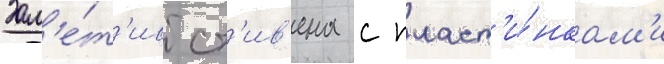
Зам'е́т'ив ст'ив'ена с пласт'и́нкам'и